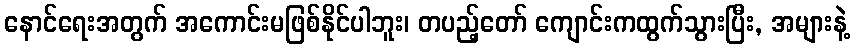
နောင်ရေးအတွက် အကောင်းမဖြစ်နိုင်ပါဘူး၊ တပည့်တော် ကျောင်းကထွက်သွားပြီး, အများနဲ့